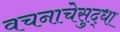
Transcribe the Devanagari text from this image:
वचनाचेसुद्धा